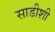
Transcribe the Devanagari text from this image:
साडीशी